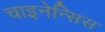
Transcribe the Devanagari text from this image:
चाइनेन्सिस